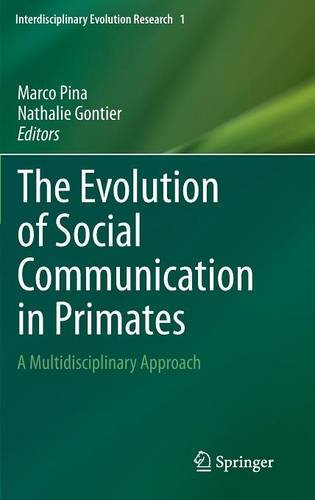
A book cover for The Evolution of Social Communication in Primates: A Multidisciplinary Approach (Interdisciplinary Evolution Research); Medical Books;